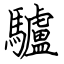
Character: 驢